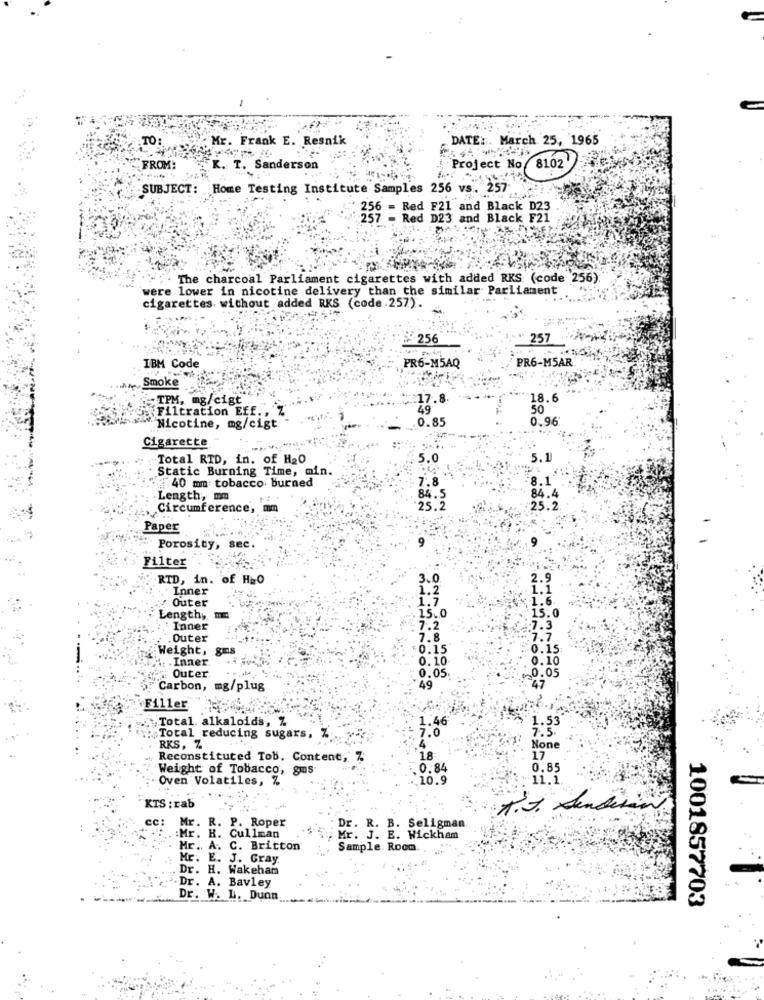
TO:
Mr. Frank E. Resnik
DATE :. March 25, 1965
8102
FROM:
K. T. Sanderson
Project No
SUBJECT: Home Testing Institute Samples 256 vs. 257
236 - Red F21 and Black D23
7 - Red D23 and Black F21
The charcoal Parliament cigarettes with added RKS (code 256)
were lower in nicotine delivery than the similar Parliament
cigarettes without added RKS (code.257).
256
257
IBM Code
PR6-M5AQ
PR6-M5AR
Smoke
TPM, mg/cigt
17.8
18.6
Filtration Eff ., Z
49
50
.0.85
0.96
Nicotine, mg/cigt
Cigarette
Total RTD, in. of H20
5.0
5.1
Static Burning Time, min
7:40 mm tobacco burned
7.8
8.1
84.4
Length, mm
84.5
Circumference,
25.2
25.2.
Paper
Porosity, sec
Filter
RTD, in. of HzO
3.0
2.9
Inner
1.2
1.1
: Outer
1.7
1.6.
15.
Length,
. 15.0
Inner
7.2
7.3
Outer
7.8
.7.7
Weight,
0.15
0.15
. Inner
0.10
0.10
Outer
0.05
0.05
47
Carbon, mg/plug
49
Filler
Total. alkaloids, %
1.46
1.53
7.0
7.5
Total reducing sugars, 7
RKS, Z
Reconstituted Tob. Content, %
18:
17
Weight of Tobacco, gus
0.84
0.85
Oven Volatiles,
.10.9
11.1
KTS : rab
A. J. Sender
cc:
Mr. R. P. Roper
Dr. R. B. Seligman
:Mr. H. Cullman
Mr. J. E. Wickham
Mr. A. C. Britton
Sample. Room.
Mr. E. J. Gray
Dr. H. Wakeham
.. Dr. A. Bavley
Dr. W. L. Duon
1001857703